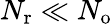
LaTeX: {N_{\mathrm{r}}}\ll{N_{\mathrm{o}}}